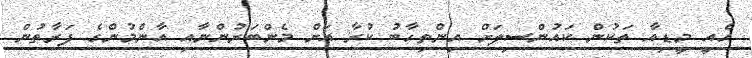
އެއީ މީޑިއާ ތަކުން ކައުންސިލަށް އިންތިހާބު ކުރާ އަށް މެންބަރުންނާއި އާންމުންގެ ފަރާތުން